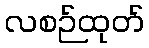
လစဉ်ထုတ်